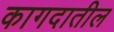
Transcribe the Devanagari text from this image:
कागदातील